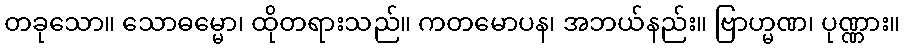
တခုသော။ သောဓမ္မော၊ ထိုတရားသည်။ ကတမောပန၊ အဘယ်နည်း။ ဗြာဟ္မဏ၊ ပုဏ္ဏား။